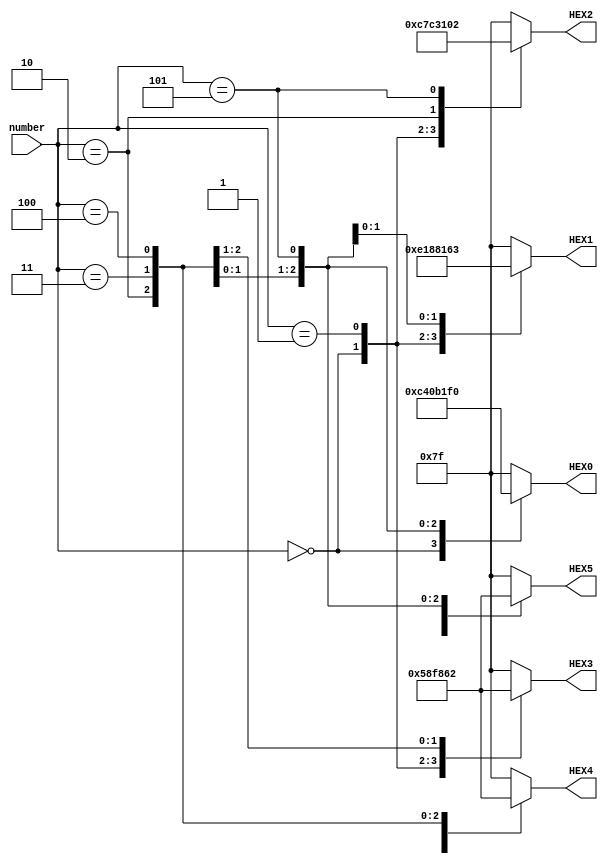
module wordDisplayer(
    input [2:0] number,
    output reg [0:6] HEX0,HEX1,HEX2,HEX3,HEX4,HEX5);
    always @(number)
        case (number)
            3'b000: begin
				HEX0=7'b1100010;		// o
				HEX1=7'b1110000;		// t
				HEX2=7'b1100011;		// u
				HEX3=7'b0000010;		// a
				HEX4=7'b1111111;		//spacja
				HEX5=7'b1111111;		//spacja
            end
            3'b001: begin
				HEX0=7'b1111111;		//spacja
				HEX1=7'b1100010;		// o
				HEX2=7'b1110000;		// t
				HEX3=7'b1100011;		// u
				HEX4=7'b0000010;		// a
				HEX5=7'b1111111;		//spacja
            end
            3'b010: begin
				HEX0=7'b1111111;		//spacja
				HEX1=7'b1111111;		//spacja
				HEX2=7'b1100010;		// o
				HEX3=7'b1110000;		// t
				HEX4=7'b1100011;		// u
				HEX5=7'b0000010;		// a
            end
            3'b011: begin
				HEX0=7'b0000010;		// a
				HEX1=7'b1111111;		//spacja
				HEX2=7'b1111111;		//spacja
				HEX3=7'b1100010;		// o
				HEX4=7'b1110000;		// t
				HEX5=7'b1100011;		// u
            end
            3'b100: begin
				HEX0=7'b1100011;		// u
				HEX1=7'b0000010;		// a
				HEX2=7'b1111111;		//spacja
				HEX3=7'b1111111;		//spacja
				HEX4=7'b1100010;		// o
				HEX5=7'b1110000;		// t
            end
            3'b101: begin
				HEX0=7'b1110000;		// t
				HEX1=7'b1100011;		// u
				HEX2=7'b0000010;		// a
				HEX3=7'b1111111;		//spacja
				HEX4=7'b1111111;		//spacja
				HEX5=7'b1100010;		// o
            end
            default: begin
                HEX0 = 7'b1111111;
                HEX1 = 7'b1111111;
                HEX2 = 7'b1111111;
                HEX3 = 7'b1111111;
                HEX4 = 7'b1111111;
                HEX5 = 7'b1111111;
            end
        endcase
endmodule
 
 
module counter(
	input right,
	input left,
	output reg[2:0] out);
	
		always @(posedge right or posedge left) begin
			if(left) begin
				if(out < 3'b101)
					out <= out + 1;
				else
					out <= 3'b0;
			end
			else if(right) begin
				if(out > 3'b0)
					out <= out - 1;
				else
					out <= 3'b101;
			end
			else begin
				;
			end
		end
endmodule
 
 
module PS5_ZAD6(
    input [2:0] KEY,
    output [0:6] HEX0,HEX1,HEX2,HEX3,HEX4,HEX5);
	 
	wire [2:0] positionNumber;
	
	counter licz(~KEY[0],~KEY[2], positionNumber);
	
   wordDisplayer AUDI(positionNumber,HEX0,HEX1,HEX2,HEX3,HEX4,HEX5);
   
endmodule